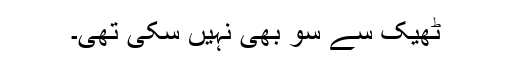
ٹھیک سے سو بھی نہیں سکی تھی۔